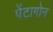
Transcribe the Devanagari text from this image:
पेंटागोन